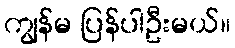
ကျွန်မ ပြန်ပါဦးမယ်။